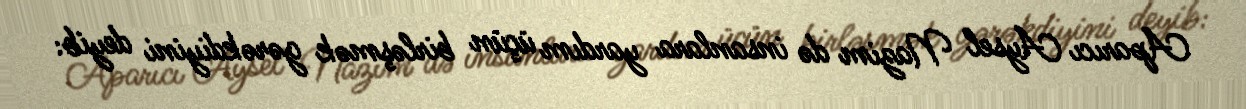
Aparıcı Aysel Nazim də insanlara yardım üçün birləşmək gərəkdiyini deyib: